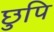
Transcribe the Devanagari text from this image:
छुपि